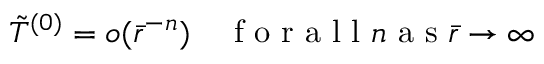
\Tilde { T } ^ { ( 0 ) } = o ( \bar { r } ^ { - n } ) \quad \mathrm { ~ f ~ o ~ r ~ a ~ l ~ l ~ } n \mathrm { ~ a ~ s ~ } \bar { r } \rightarrow \infty